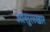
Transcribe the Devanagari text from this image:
आसुलखार